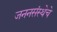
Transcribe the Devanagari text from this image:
जननसंस्थेचे